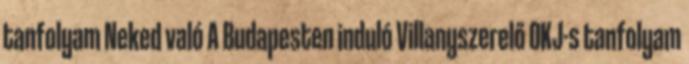
tanfolyam Neked való A Budapesten induló Villanyszerelő OKJ-s tanfolyam